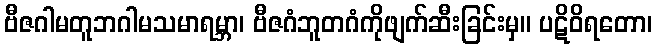
ဗီဇဂါမတူဘဂါမသမာရမ္ဘာ၊ ဗီဇဂံဘူတဂံကိုဖျက်ဆီးခြင်းမှ။ ပဋိဝိရတော၊